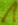
Text: 1